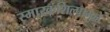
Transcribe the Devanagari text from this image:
स्मारकशिल्पामुळे